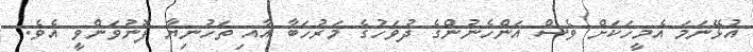
އުޅޭނަމަ އެމީހަކަށް ވެސް އަންހެނުންގެ ދުވަހުގެ މަރުހަބާ އާއި ތަހުނިޔާ ފޮނުވަންވީ އެވެ.